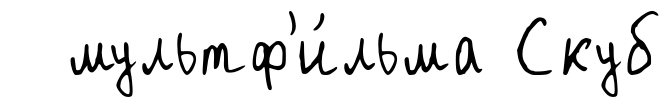
мультф'и́льма Скуб